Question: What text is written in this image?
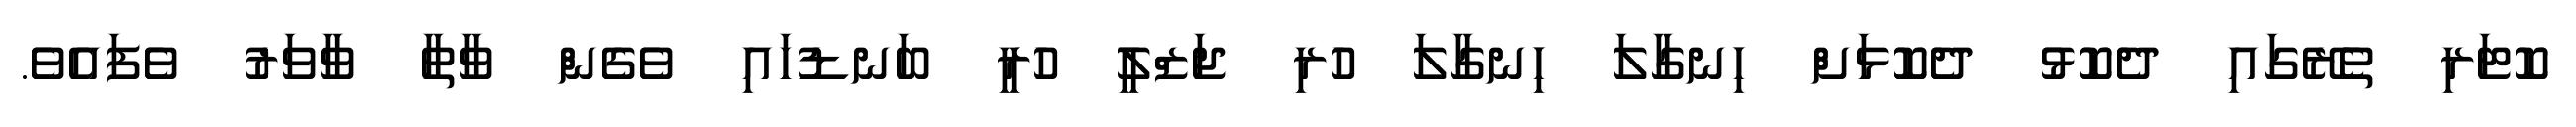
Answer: ކޮޓަރި ތެރޭގައި ދެކޮޅު ދެކޮޅަށް ހިނގާލަ ހިނގާލަ ހުރި ޖަޒްލީ ހުރީ ބަނޑުހައި ވެގެން ވާތާ ވާވަރު ވެފައެވެ.